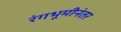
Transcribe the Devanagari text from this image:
रंगभूमीनंतर